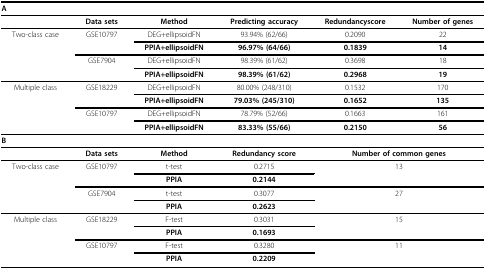
<table><thead><tr><td><b>A</b></td><td></td><td></td><td></td><td></td><td></td></tr></thead><tbody><tr><td></td><td><b>Data sets</b></td><td><b>Method</b></td><td><b>Predicting accuracy</b></td><td><b>Redundancyscore</b></td><td><b>Number of genes</b></td></tr><tr><td>Two-class case</td><td>GSE10797</td><td>DEG+ellipsoidFN</td><td>93.94% (62/66)</td><td>0.2090</td><td>22</td></tr><tr><td></td><td></td><td><b>PPIA+ellipsoidFN</b></td><td><b>96.97% (64/66)</b></td><td><b>0.1839</b></td><td><b>14</b></td></tr><tr><td></td><td>GSE7904</td><td>DEG+ellipsoidFN</td><td>98.39% (61/62)</td><td>0.3698</td><td>18</td></tr><tr><td></td><td></td><td><b>PPIA+ellipsoidFN</b></td><td><b>98.39% (61/62)</b></td><td><b>0.2968</b></td><td><b>19</b></td></tr><tr><td>Multiple class</td><td>GSE18229</td><td>DEG+ellipsoidFN</td><td>80.00% (248/310)</td><td>0.1532</td><td>170</td></tr><tr><td></td><td></td><td><b>PPIA+ellipsoidFN</b></td><td><b>79.03% (245/310)</b></td><td><b>0.1652</b></td><td><b>135</b></td></tr><tr><td></td><td>GSE10797</td><td>DEG+ellipsoidFN</td><td>78.79% (52/66)</td><td>0.1663</td><td>161</td></tr><tr><td></td><td></td><td><b>PPIA+ellipsoidFN</b></td><td><b>83.33% (55/66)</b></td><td><b>0.2150</b></td><td><b>56</b></td></tr><tr><td><b>B</b></td><td></td><td></td><td></td><td></td><td></td></tr><tr><td></td><td><b>Data sets</b></td><td><b>Method</b></td><td><b>Redundancy score</b></td><td colspan="2"><b>Number of common genes</b></td></tr><tr><td>Two-class case</td><td>GSE10797</td><td>t-test</td><td>0.2715</td><td colspan="2">13</td></tr><tr><td></td><td></td><td><b>PPIA</b></td><td><b>0.2144</b></td><td></td><td></td></tr><tr><td></td><td>GSE7904</td><td>t-test</td><td>0.3077</td><td colspan="2">27</td></tr><tr><td></td><td></td><td><b>PPIA</b></td><td><b>0.2623</b></td><td></td><td></td></tr><tr><td>Multiple class</td><td>GSE18229</td><td>F-test</td><td>0.3031</td><td colspan="2">15</td></tr><tr><td></td><td></td><td><b>PPIA</b></td><td><b>0.1693</b></td><td></td><td></td></tr><tr><td></td><td>GSE10797</td><td>F-test</td><td>0.3280</td><td colspan="2">11</td></tr><tr><td></td><td></td><td><b>PPIA</b></td><td><b>0.2209</b></td><td></td><td></td></tr></tbody></table>